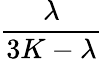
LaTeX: \frac{\lambda}{3K-\lambda}